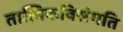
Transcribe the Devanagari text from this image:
तात्विकविसंगति